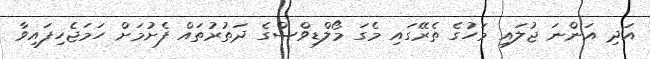
އަދި އަންނަ ޖުލައި މަހުގެ ތެރޭގައި މެގަ މޯލްޑިވްސްގެ ދަތުރުތައް ފެށުމަށް ހަމަޖެހިފައިވާ